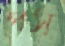
পস্